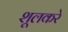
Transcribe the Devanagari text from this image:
शूलकरे